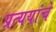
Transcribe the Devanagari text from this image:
प्रत्ययांचे